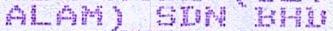
ALAM) SDN BHD